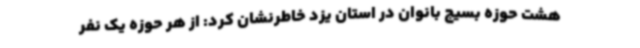
هشت حوزه بسیج بانوان در استان یزد خاطرنشان کرد: از هر حوزه یک نفر